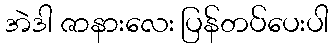
အဲဒါ ဇာနားလေး ပြန်တပ်ပေးပါ